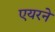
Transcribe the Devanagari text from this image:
एयरने